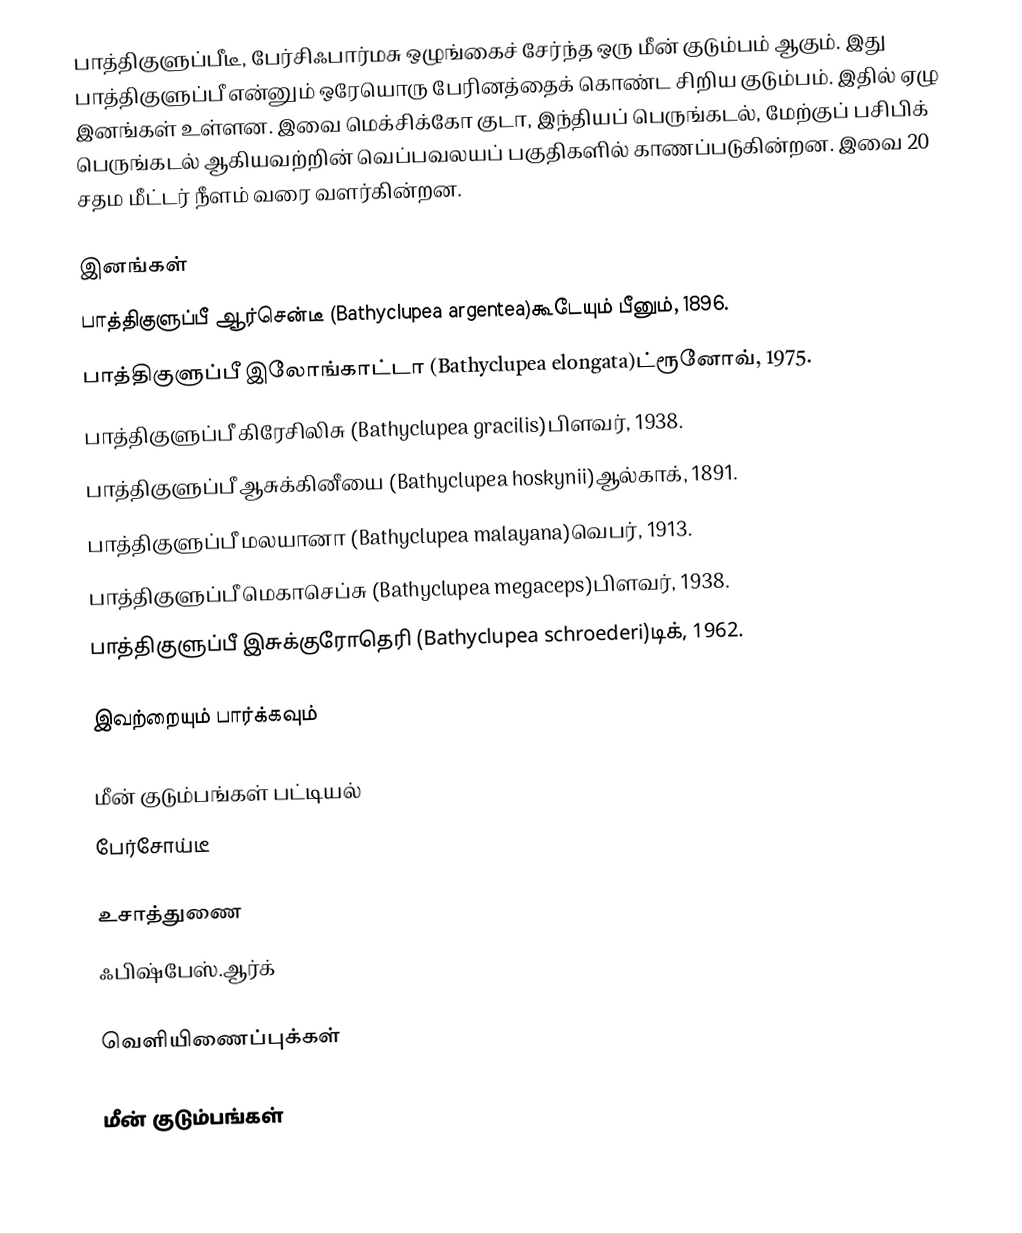
பாத்திகுளுப்பீடீ, பேர்சிஃபார்மசு ஒழுங்கைச் சேர்ந்த ஒரு மீன் குடும்பம் ஆகும். இது பாத்திகுளுப்பீ என்னும் ஒரேயொரு பேரினத்தைக் கொண்ட சிறிய குடும்பம். இதில் ஏழு இனங்கள் உள்ளன. இவை மெக்சிக்கோ குடா, இந்தியப் பெருங்கடல், மேற்குப் பசிபிக் பெருங்கடல் ஆகியவற்றின் வெப்பவலயப் பகுதிகளில் காணப்படுகின்றன. இவை 20 சதம மீட்டர் நீளம் வரை வளர்கின்றன.

இனங்கள்
 பாத்திகுளுப்பீ ஆர்சென்டீ (Bathyclupea argentea)கூடேயும் பீனும், 1896.
 பாத்திகுளுப்பீ இலோங்காட்டா (Bathyclupea elongata)ட்ரூனோவ், 1975.
 பாத்திகுளுப்பீ கிரேசிலிசு (Bathyclupea gracilis)பிளவர், 1938.
 பாத்திகுளுப்பீ ஆசுக்கினீயை (Bathyclupea hoskynii)ஆல்காக், 1891.
 பாத்திகுளுப்பீ மலயானா (Bathyclupea malayana)வெபர், 1913.
 பாத்திகுளுப்பீ மெகாசெப்சு (Bathyclupea megaceps)பிளவர், 1938.
 பாத்திகுளுப்பீ இசுக்குரோதெரி (Bathyclupea schroederi)டிக், 1962.

இவற்றையும் பார்க்கவும்

 மீன் குடும்பங்கள் பட்டியல்
 பேர்சோய்டீ

உசாத்துணை
 ஃபிஷ்பேஸ்.ஆர்க்

வெளியிணைப்புக்கள்

மீன் குடும்பங்கள்